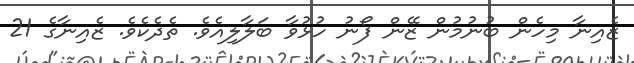
ޒެއިނާ މިހެން ބުނުމުން ޒޭން ފޯނު ހުޅުވާ ބަލާލިއެވެ. ތެދެކެވެ. ޒެއިނާގެ 21